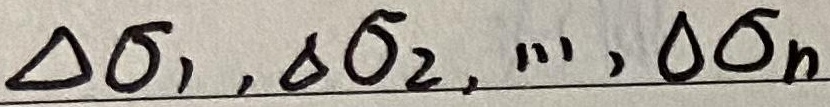
\(\Delta \sigma_{1},\Delta \sigma_{2},\cdots,\Delta \sigma_{n}\)